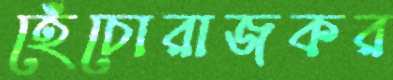
হেঁচোরাজকর